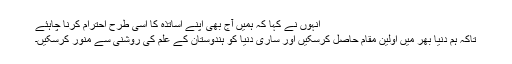
انہوں نے کہا کہ ہمیں آج بھی اپنے اساتذہ کا اسی طرح احترام کرنا چاہئے
تاکہ ہم دنیا بھر میں اولین مقام حاصل کرسکیں اور ساری دنیا کو ہندوستان کے علم کی روشنی سے منور کرسکیں۔